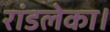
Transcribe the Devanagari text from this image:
रांडलेका।